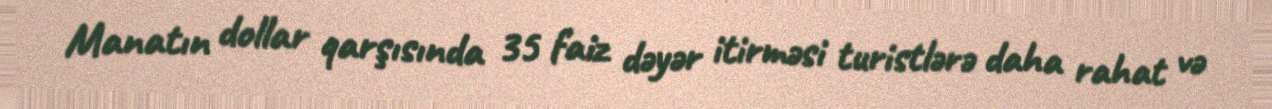
Manatın dollar qarşısında 35 faiz dəyər itirməsi turistlərə daha rahat və